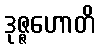
ဒုဇ္ဇဟောတိ